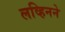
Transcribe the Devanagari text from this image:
लव्हिनने